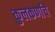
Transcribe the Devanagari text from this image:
कुलकर्णाचे